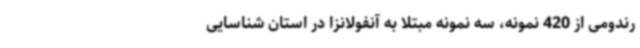
رندومی از 420 نمونه، سه نمونه مبتلا به آنفولانزا در استان شناسایی